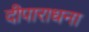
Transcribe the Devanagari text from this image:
दीपाराधना